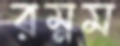
রম্নম